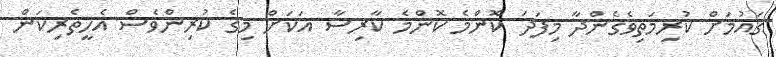
ގައުމަށް ކުރިމަތިވެގެންދާ މިފަދަ ކޮންމެ ކޮންމެ ކާރިސާ އަކަށް މިގެ ކުރިންވެސް އެހީތެރިކަން